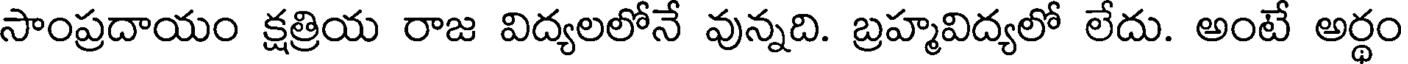
సాంప్రదాయం క్షత్రియ రాజ విద్యలలోనే వున్నది. బ్రహ్మవిద్యలో లేదు. అంటే అర్థం